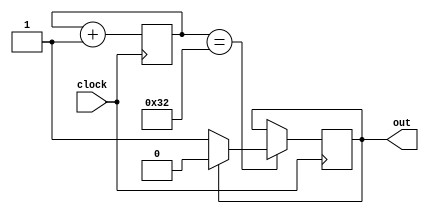
module clock1(clock, out);

	input clock;
	output reg out;
	
	reg [7:0] counter; 
	
	initial begin
		counter <= 0;
		out <= 0;
	end
	
	
	always@(posedge clock) begin
		if (counter == 8'd50)
		begin 
			if(out == 1)
			begin
				out <= 0;
			end
			else begin 
				out <= 1; 
			end
			counter <= 0;
		end
			counter <= counter + 1;
	end
endmodule